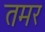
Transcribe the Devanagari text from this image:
तमर